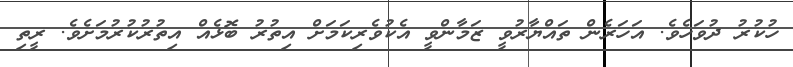
ހުކުރު ދުވަހެވެ. އަހަރެން ތައްޔާރުވީ ޒަމާންވީ އެކުވެރިކަމަށް އިތުރު ބޮޅެއް އިތުރުކުރުމަށެވެ. ރީތި